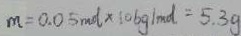
m = 0 . 0 5 m o l \times 1 0 6 g / m o l = 5 . 3 g